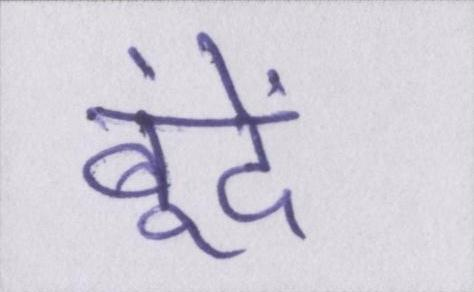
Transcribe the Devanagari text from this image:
बूंदें